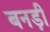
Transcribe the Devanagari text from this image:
बनड़ी